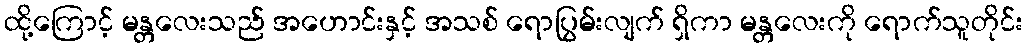
ထို့ကြောင့် မန္တလေးသည် အဟောင်းနှင့် အသစ် ရောပြွမ်းလျက် ရှိကာ မန္တလေးကို ရောက်သူတိုင်း